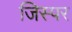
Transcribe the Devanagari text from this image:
जिस्पर